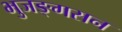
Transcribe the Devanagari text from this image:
भुजङ्गसन